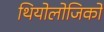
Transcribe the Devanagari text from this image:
थियोलोजिको